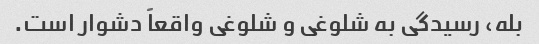
بله، رسیدگی به شلوغی و شلوغی واقعاً دشوار است.